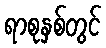
ရာစုနှစ်တွင်